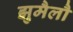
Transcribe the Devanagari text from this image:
झुमैलौ